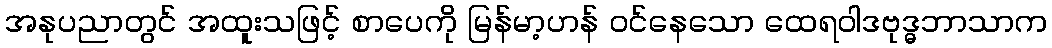
အနုပညာတွင် အထူးသဖြင့် စာပေကို မြန်မာ့ဟန် ဝင်နေသော ထေရဝါဒဗုဒ္ဓဘာသာက